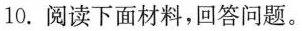
10.阅读下面材料，回答问题。